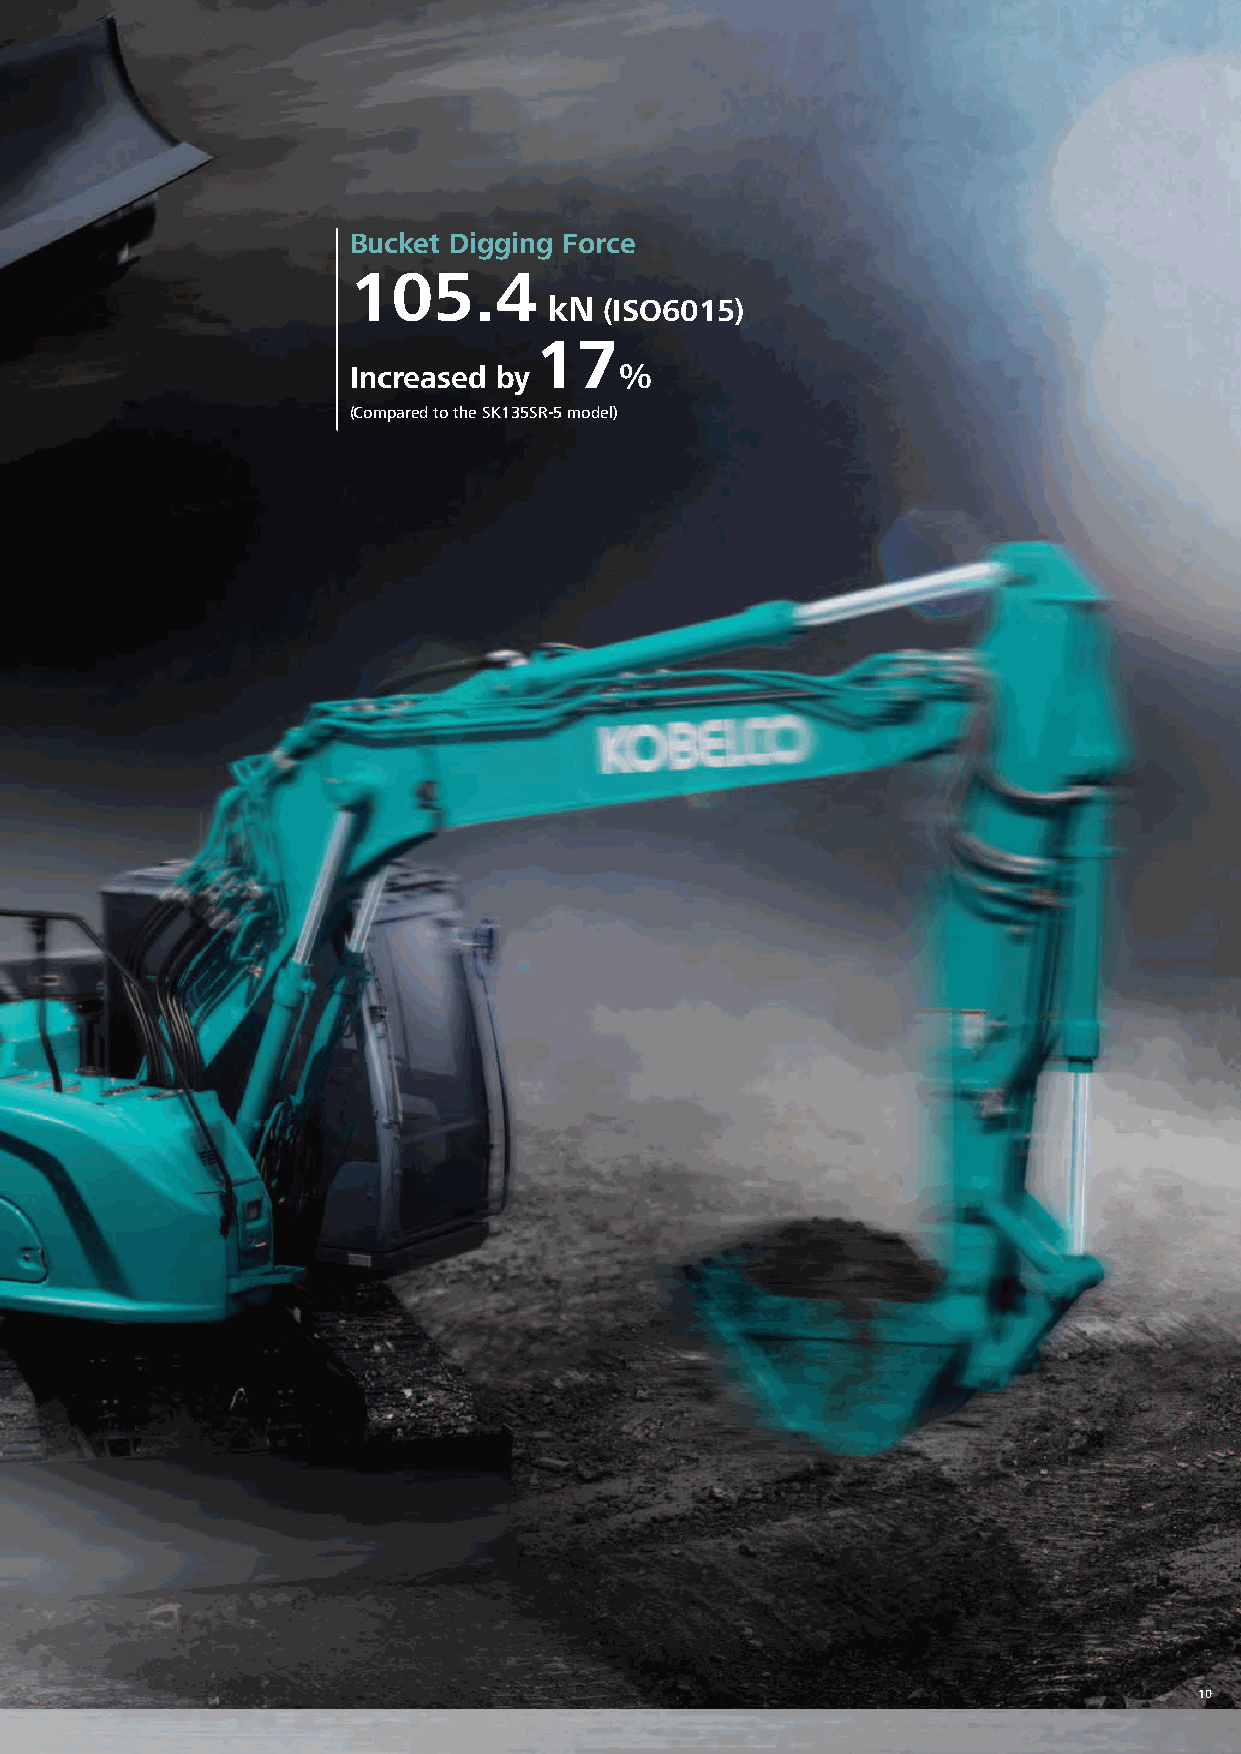
Bucket Digging Force
 105.4
 kN  (ISO6015)
 17
 Increased by      %
 (Compared to the SK135SR-5 model)
 THE NEXT LEVEL OF PERFORMANCE
 Our high-power engine complies with Tier 4 Final emission regulations
 Compared to previous models, the engine output is significantly increased, which shortens the
 digging cycle time substantially. It attains high performance without reducing the speed even when
 heavy a load is applied or when travelling on a slope.
 Model: ISUZU 4JJ1XDRAC
 Engine output
 78.6 /2,200
 kW min-1
 ISO9249 With fan
 10
 Digging cycle time Shortened by %
 (Compared to the SK135SR-5 model)
 9                                                                              10